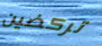
تركضين